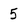
Character: 5